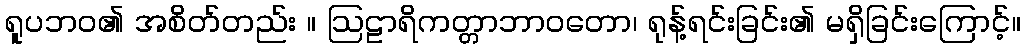
ရူပဘဝ၏ အစိတ်တည်း ။ ဩဠာရိကတ္တာဘာဝတော၊ ရုန့်ရင်းခြင်း၏ မရှိခြင်းကြောင့်။